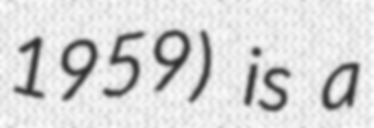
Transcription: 1959) is a